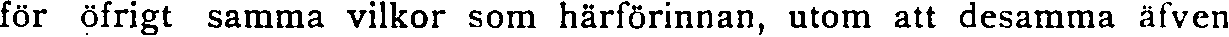
för öfrigt samma vilkor som härförinnan, utom att desamma äfven